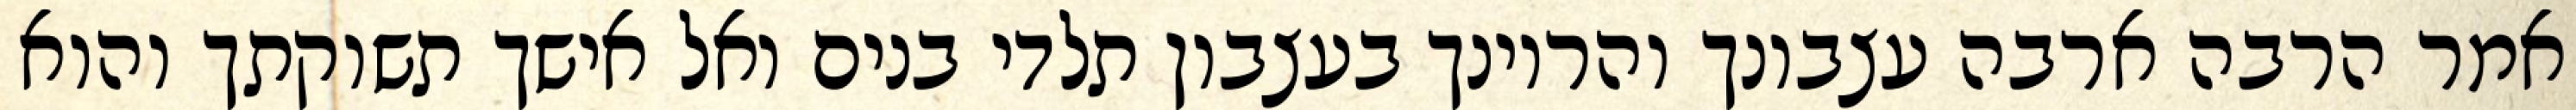
אמר הרבה ארבה עצבונך והריונך בעצבון תלדי בנים ואל אישך תשוקתך והוא